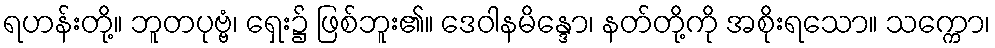
ရဟန်းတို့။ ဘူတပုဗ္ဗံ၊ ရှေး၌ ဖြစ်ဘူး၏။ ဒေဝါနမိန္ဒော၊ နတ်တို့ကို အစိုးရသော။ သက္ကော၊